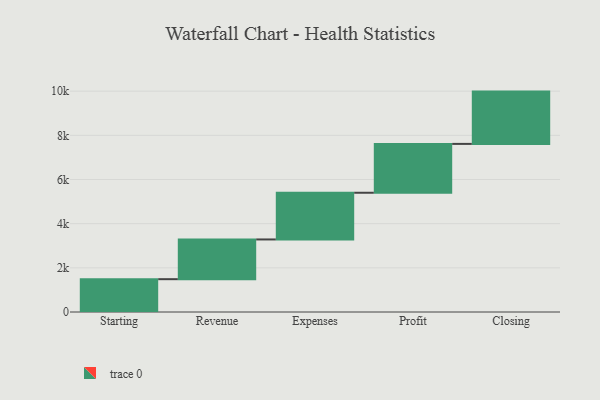
{"axis": {"x": "Step", "y": "Value"}, "legend": [""], "data": [{"x": "Starting", "y": 1486.0, "type": ""}, {"x": "Revenue", "y": 1799.0, "type": ""}, {"x": "Expenses", "y": 2115.0, "type": ""}, {"x": "Profit", "y": 2212.0, "type": ""}, {"x": "Closing", "y": 2368.0, "type": ""}]}